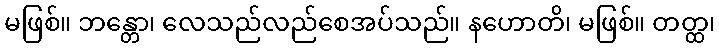
မဖြစ်။ ဘန္တော၊ လေသည်လည်စေအပ်သည်။ နဟောတိ၊ မဖြစ်။ တတ္ထ၊